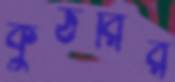
কুঠরির